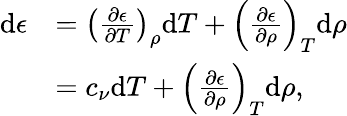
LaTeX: \begin{array}{rl}{\mathrm{d}\epsilon}&{=\left(\frac{\partial\epsilon}{\partial T}\right)_{\rho}\mathrm{d}T+\left(\frac{\partial\epsilon}{\partial\rho}\right)_{T}\mathrm{d}\rho}\\ &{=c_{\nu}\mathrm{d}T+\left(\frac{\partial\epsilon}{\partial\rho}\right)_{T}\mathrm{d}\rho,}\end{array}